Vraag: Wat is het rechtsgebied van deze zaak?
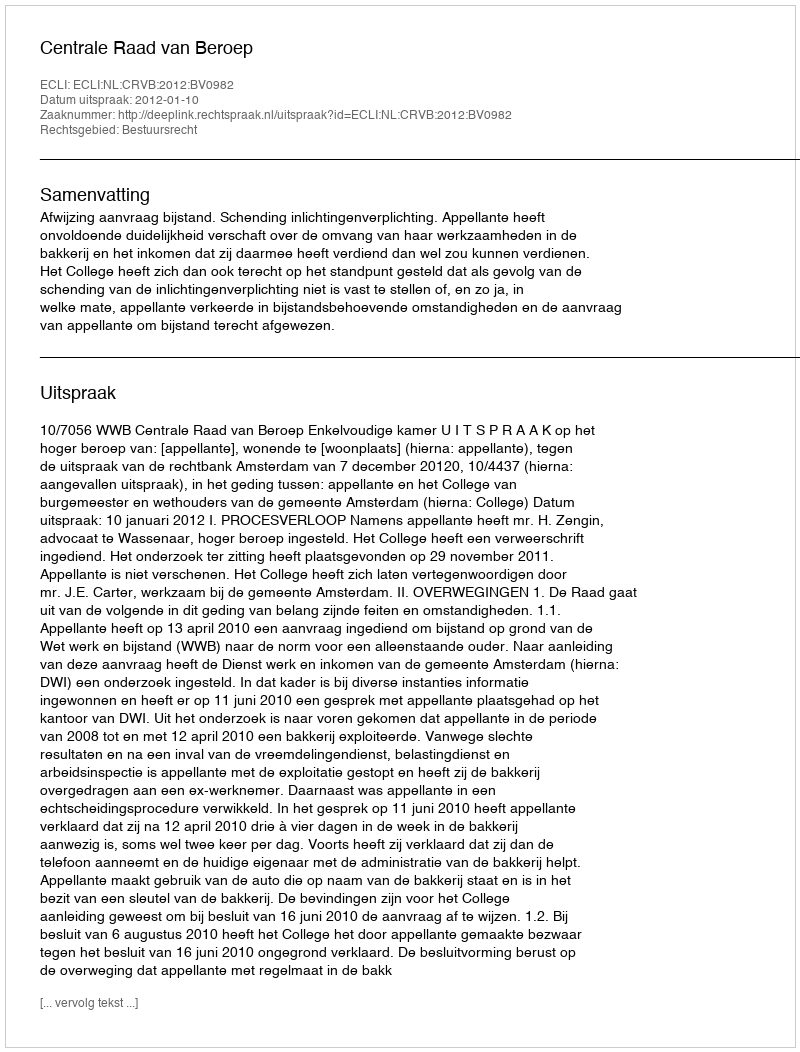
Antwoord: Bestuursrecht